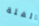
الفئة